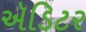
ઍડિટર